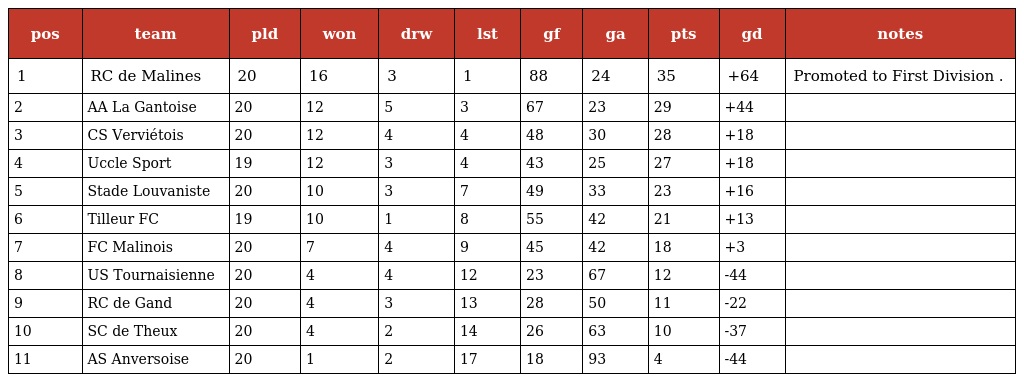
| pos | team | pld | won | drw | lst | gf | ga | pts | gd | notes |
 | --- | --- | --- | --- | --- | --- | --- | --- | --- | --- | --- |
 | 1 | RC de Malines | 20 | 16 | 3 | 1 | 88 | 24 | 35 | +64 | Promoted to First Division . |
 | 2 | AA La Gantoise | 20 | 12 | 5 | 3 | 67 | 23 | 29 | +44 |  |
 | 3 | CS Verviétois | 20 | 12 | 4 | 4 | 48 | 30 | 28 | +18 |  |
 | 4 | Uccle Sport | 19 | 12 | 3 | 4 | 43 | 25 | 27 | +18 |  |
 | 5 | Stade Louvaniste | 20 | 10 | 3 | 7 | 49 | 33 | 23 | +16 |  |
 | 6 | Tilleur FC | 19 | 10 | 1 | 8 | 55 | 42 | 21 | +13 |  |
 | 7 | FC Malinois | 20 | 7 | 4 | 9 | 45 | 42 | 18 | +3 |  |
 | 8 | US Tournaisienne | 20 | 4 | 4 | 12 | 23 | 67 | 12 | -44 |  |
 | 9 | RC de Gand | 20 | 4 | 3 | 13 | 28 | 50 | 11 | -22 |  |
 | 10 | SC de Theux | 20 | 4 | 2 | 14 | 26 | 63 | 10 | -37 |  |
 | 11 | AS Anversoise | 20 | 1 | 2 | 17 | 18 | 93 | 4 | -44 |  |